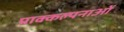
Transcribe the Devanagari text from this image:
प्राक्कल्पनाओं